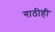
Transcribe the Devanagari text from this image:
गाठीही